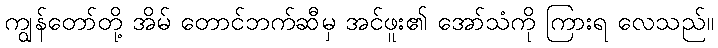
ကျွန်တော်တို့ အိမ် တောင်ဘက်ဆီမှ အင်ဖူး၏ အော်သံကို ကြားရ လေသည်။